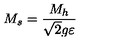
M _ { s } = \frac { M _ { h } } { \sqrt { 2 } g \varepsilon }